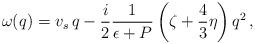
LaTeX: \begin{align*} \omega(q) = v_s \, q - \frac i2 \frac1{\epsilon+P}\left( \zeta + \frac43\eta\right) q^2\,,\end{align*}